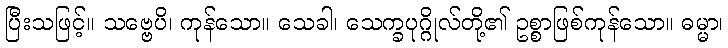
ပြီးသဖြင့်။ သဗ္ဗေပိ၊ ကုန်သော။ သေခါ၊ သေက္ခပုဂ္ဂိုလ်တို့၏ ဥစ္စာဖြစ်ကုန်သော။ ဓမ္မာ၊